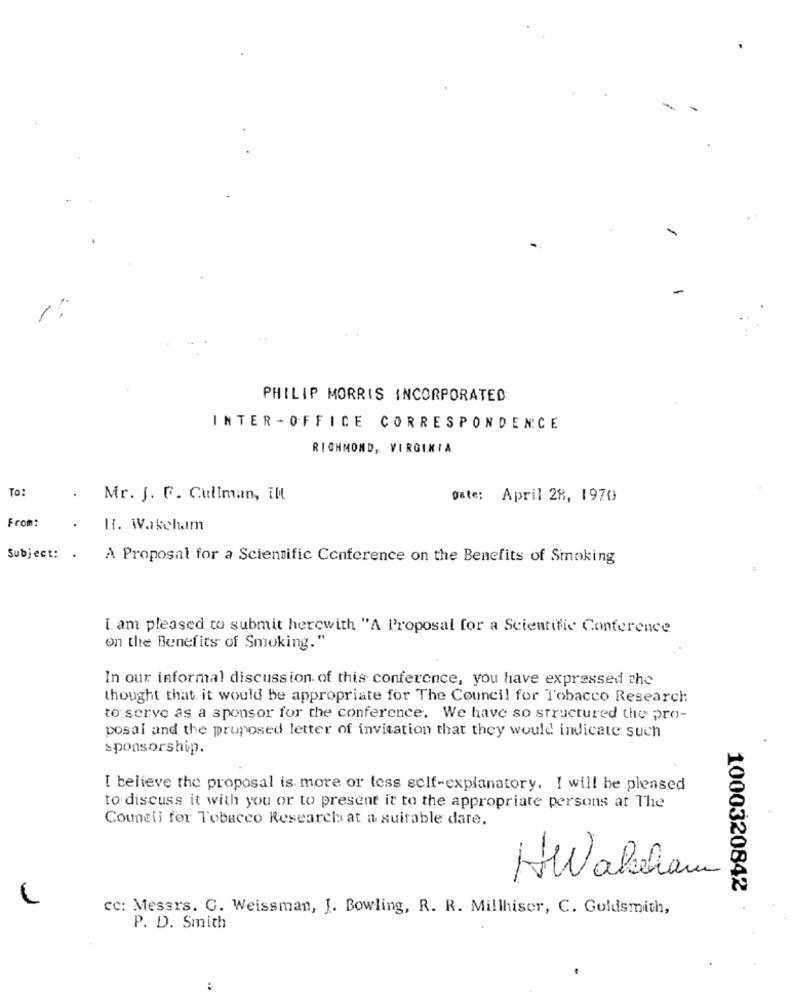
-
PHILIP MORRIS INCORPORATED
INTER -OFFICE CORRESPONDENCE
RICHMOND, VIRGINIA
To:
.
Mr. J. F. Cullman, int
gate: April 28, 1970
From:
H. Wakeham
Subject: .
A Proposal for a Scientific Conference on the Benefits of Smaking
I am pleased to submit herewith "A Proposal for a Scientific Conference
on the Benefits of Smoking."
In our informal discussion of this conference, you have expressed the
thought that it would be appropriate for The Council for Tobacco Research
to serve as a sponsor for the conference. We have so structured the pro-
posal and the proposed letter of invitation that they would indicate such
sponsorship.
I believe the proposal is more or less self-explanatory. I will be pleased
to discuss it with you or to present it to the appropriate persons at The
Council for Tobacco Research at a suitable dare.
HWaleham
1000320842
w
CC: Messrs. C. Weissman, J. Bowling, R. R. Millhiser, C. Goldsmith,
P. D. Smith
: